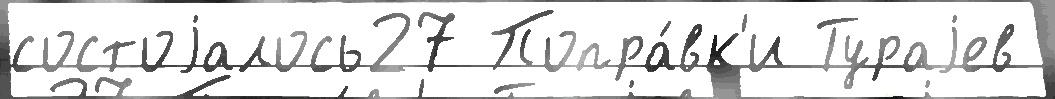
состоjалось27 Попра́вк'и Тураjев